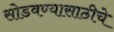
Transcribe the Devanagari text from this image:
सोडवण्यासाठीचे